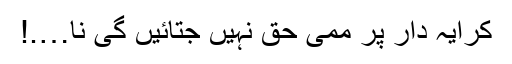
کرایہ دار پر ممی حق نہیں جتائیں گی نا….!